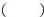
( )